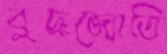
বুদ্ধজ্যোতি